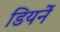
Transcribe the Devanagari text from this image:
डियर्ने